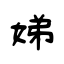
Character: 娣